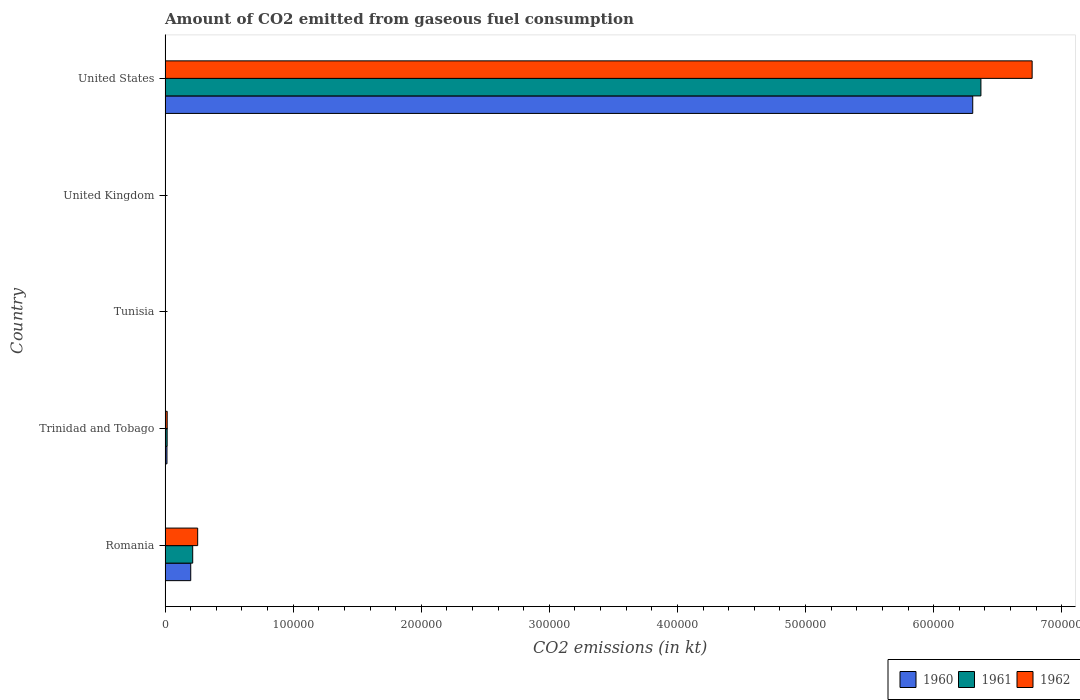
| Country | 1960 | 1961 | 1962 |
 | --- | --- | --- | --- |
 | Romania | 2e+04 | 2.16e+04 | 2.54e+04 |
 | Trinidad and Tobago | 1.47e+03 | 1.6e+03 | 1.63e+03 |
 | Tunisia | 14.7 | 14.7 | 14.7 |
 | United Kingdom | 150 | 150 | 216 |
 | United States | 6.31e+05 | 6.37e+05 | 6.77e+05 |